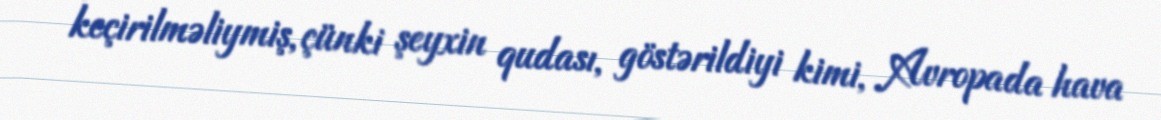
keçirilməliymiş, çünki şeyxin qudası, göstərildiyi kimi, Avropada hava